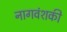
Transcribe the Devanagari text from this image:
नागवंशकी